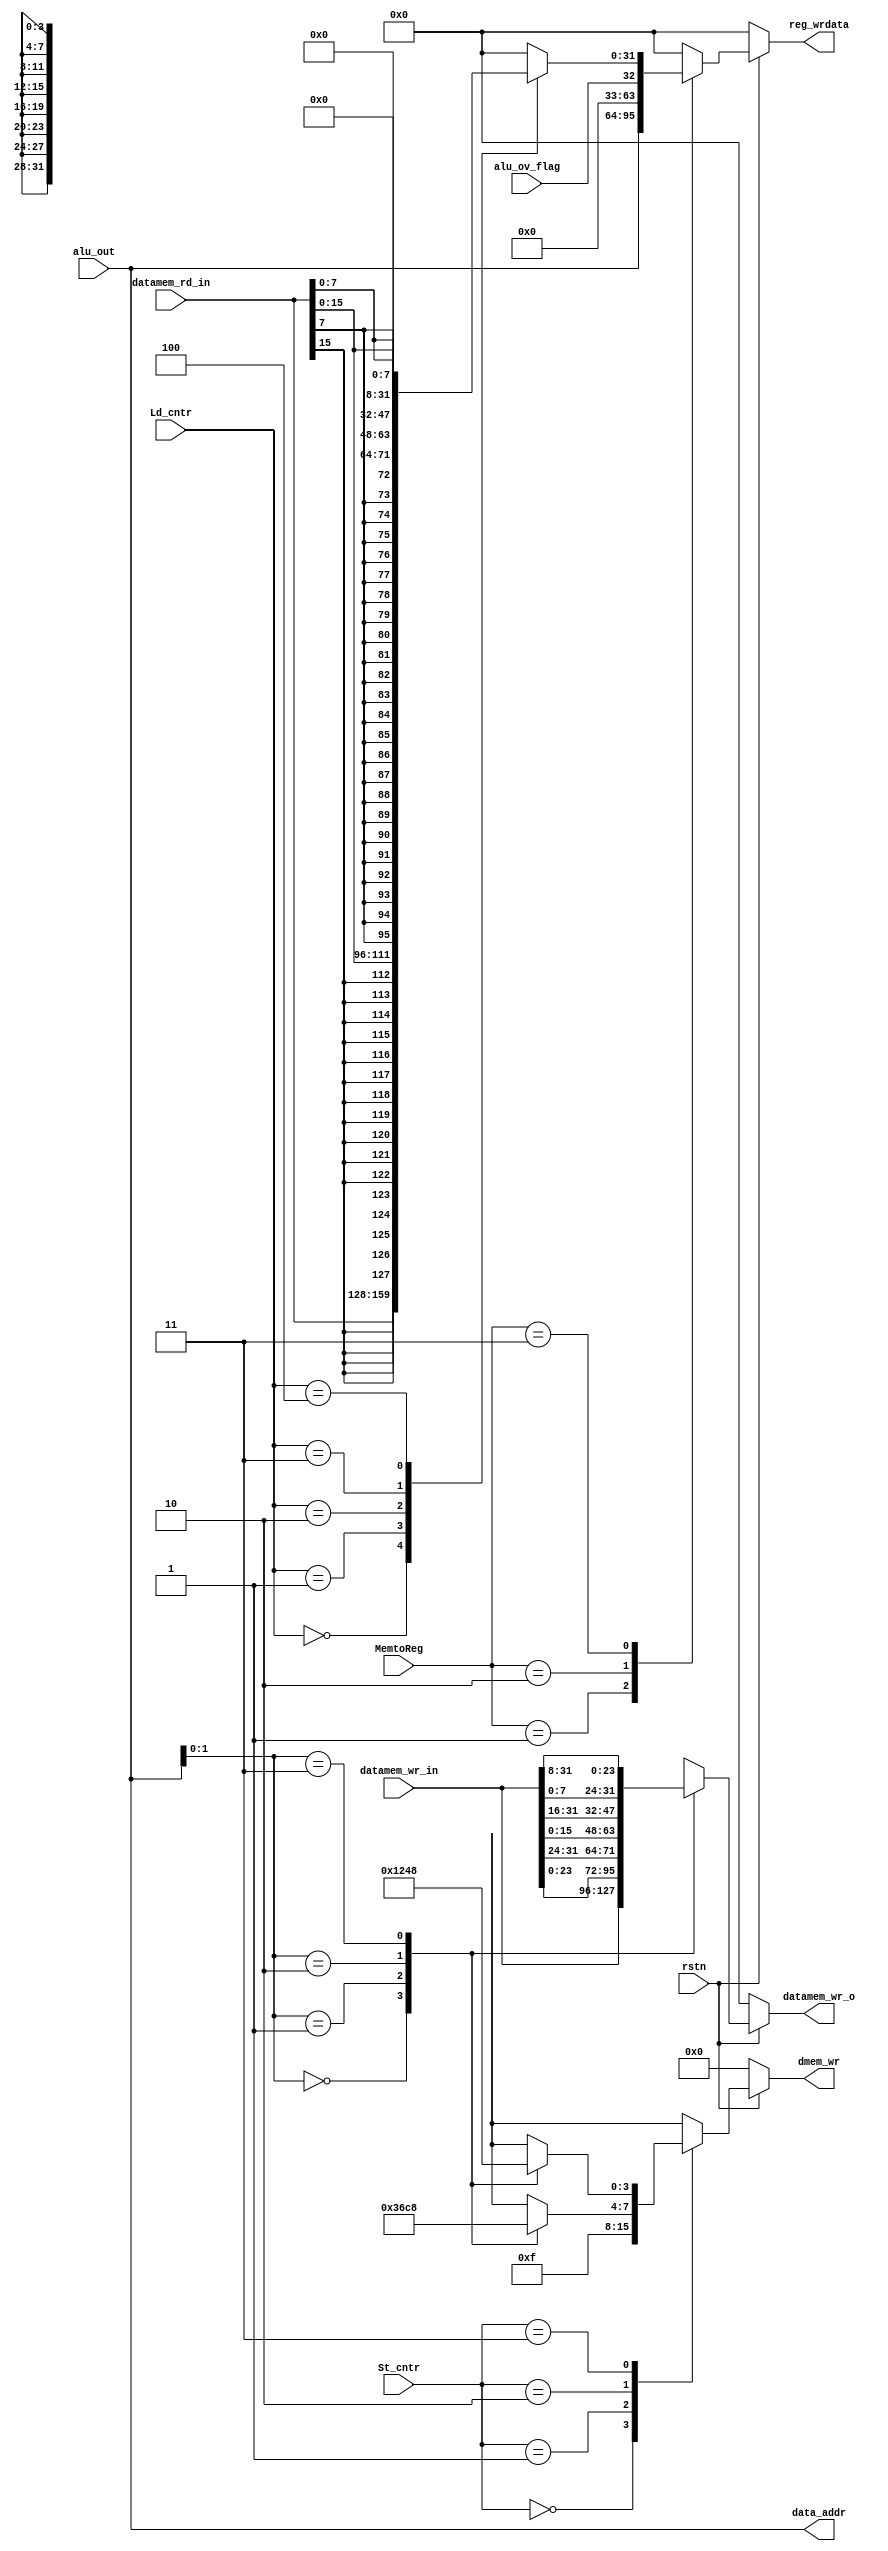
module lsu(
input		rstn,
input	[31:0] 	alu_out,
input 		alu_ov_flag,
output	[31:0]	data_addr,
input 	[1:0] 	MemtoReg,
output reg [3:0]  dmem_wr,
output reg [31:0] reg_wrdata,
input 	[2:0] 	Ld_cntr,
input 	[1:0] 	St_cntr,
input 	[31:0]	datamem_wr_in,
output reg [31:0]  datamem_wr_o,
input 	[31:0] 	datamem_rd_in
);

assign data_addr = alu_out;

wire [1:0]b_pos = alu_out[1:0];

wire [7:0] d0 = datamem_wr_in[7:0];
wire [7:0] d1 = datamem_wr_in[15:8];
wire [7:0] d2 = datamem_wr_in[23:16];
wire [7:0] d3 = datamem_wr_in[31:24];

/*assign datamem_wr_o = (b_pos == 2'b00)? {d3,d2,d1,d0}:0;
assign datamem_wr_o = (b_pos == 2'b01)? {d0,d3,d2,d1}:0;
assign datamem_wr_o = (b_pos == 2'b10)? {d1,d0,d3,d2}:0;
assign datamem_wr_o = (b_pos == 2'b11)? {d2,d1,d0,d3}:0;
*/

/*assign dmem_wr[0] = (~St_cntr[1] & St_cntr[0]) | (St_cntr[1] & ~b_pos[1] & ~b_pos[0]);
assign dmem_wr[1] = (~St_cntr[1] & St_cntr[0]) | (St_cntr[1] & ((~St_cntr[0] & ~b_pos[1])|(St_cntr[0] & ~b_pos[1] & b_pos[0])));
assign dmem_wr[2] = (~St_cntr[1] & St_cntr[0]) | (St_cntr[1] & ((~St_cntr[0] & ~b_pos[1] & b_pos[0]) | (b_pos[1] & ~b_pos[0])));
assign dmem_wr[3] = (~St_cntr[1] & St_cntr[0]) | (St_cntr[1] & b_pos[1] & ((~St_cntr[0] & ~b_pos[0]) | b_pos[0])); 
*/

always@(*)
if (~rstn) reg_wrdata <= 0;

else begin
begin
reg_wrdata = 0;
case (MemtoReg)
	2'b01:	reg_wrdata <= alu_out;
	2'b10:	reg_wrdata <= {{30{1'b0}}, alu_ov_flag};
	2'b11:	case(Ld_cntr)
			3'b000:	reg_wrdata <= datamem_rd_in;
			3'b001:	reg_wrdata <= {{16{datamem_rd_in[15]}},datamem_rd_in[15:0]};
			3'b010: reg_wrdata <= {{24{datamem_rd_in[7]}},datamem_rd_in[7:0]};
			3'b011:	reg_wrdata <= {{16{1'b0}},datamem_rd_in[15:0]};
			3'b100:	reg_wrdata <= {{24{1'b0}},datamem_rd_in[7:0]};
		endcase

endcase
end
end

always@(*)
if (~rstn) dmem_wr <= 0;
else begin 
begin

case(St_cntr)
	2'b00:	dmem_wr <= 4'b0000;
	2'b01:	dmem_wr <= 4'b1111;
	2'b10:	case (b_pos)
		2'b00:	dmem_wr <= 4'b0011;
		2'b01:	dmem_wr <= 4'b0110;
		2'b10:	dmem_wr <= 4'b1100;
		2'b11:	dmem_wr <= 4'b1000;
		endcase
	2'b11:	case (b_pos)
		2'b00:	dmem_wr <= 4'b0001;
		2'b01:	dmem_wr <= 4'b0010;
		2'b10:	dmem_wr <= 4'b0100;
		2'b11:	dmem_wr <= 4'b1000;
		endcase
endcase
end
end

always@(*)
begin

if (~rstn) datamem_wr_o <= 0;

else
begin

case (b_pos)
	2'b00:	datamem_wr_o <= {d3,d2,d1,d0};
	2'b01:	datamem_wr_o <= {d2,d1,d0,d3};
	2'b10:	datamem_wr_o <= {d1,d0,d3,d2};
	2'b11:	datamem_wr_o <= {d0,d3,d2,d1};
endcase
end
end
		 
endmodule